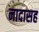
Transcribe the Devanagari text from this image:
नादासह